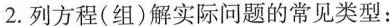
2.列方程(组)解实际问题的常见类型：